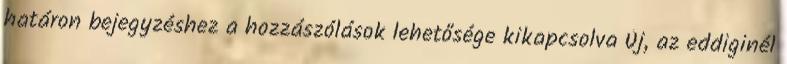
határon bejegyzéshez a hozzászólások lehetősége kikapcsolva Új, az eddiginél